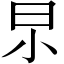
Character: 𣌢